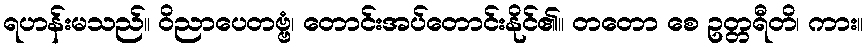
ရဟန်းမသည်။ ဝိညာပေတဗ္ဗံ၊ တောင်းအပ်တောင်းနိုင်၏။ တတော စေ ဥတ္တရီတိ၊ ကား။